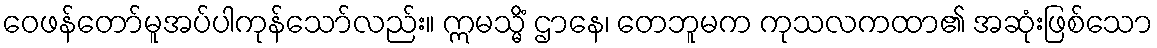
ဝေဖန်တော်မူအပ်ပါကုန်သော်လည်း။ ဣမသ္မိံ ဌာနေ၊ တေဘူမက ကုသလကထာ၏ အဆုံးဖြစ်သော